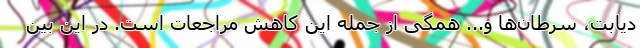
دیابت، سرطان‌ها و... همگی از جمله این کاهش مراجعات است. در این بین